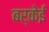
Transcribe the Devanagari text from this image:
बर्केई